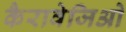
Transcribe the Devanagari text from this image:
कैरावेजिओ